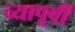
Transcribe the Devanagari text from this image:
च्यापूर्वी